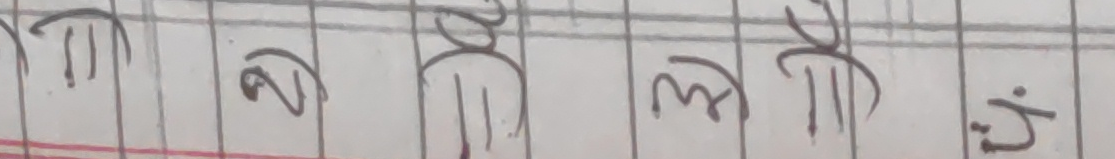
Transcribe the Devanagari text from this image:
मि टी मि टी मि टी ं